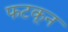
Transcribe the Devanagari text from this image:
फटकून